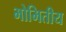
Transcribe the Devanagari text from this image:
भोमितीय